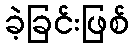
ခဲ့ခြင်းဖြစ်